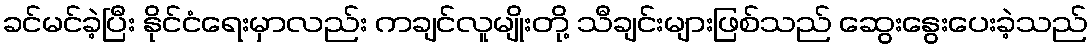
ခင်မင်ခဲ့ပြီး နိုင်ငံရေးမှာလည်း ကချင်လူမျိုးတို့ သီချင်းများဖြစ်သည် ဆွေးနွေးပေးခဲ့သည်